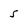
Character: 5